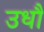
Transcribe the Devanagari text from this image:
उधौ